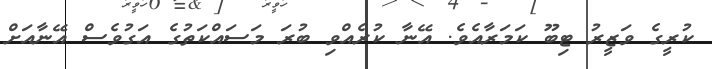
ކުރީގެ ވަޒީރު ޓިބޫ ކަމަރާއެވެ. އޭނާ ކުރެއްވި ބުރަ މަސައްކަތުގެ އަގުވެސް އޭނާއަށް